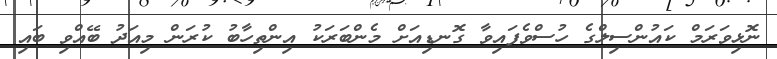
ނޮޅިވަރަމް ކައުންސިލްގެ ހުސްވެފައިވާ ގޮނޑިއަށް މެންބަރަކު އިންތިހާބު ކުރަން މިއަދު ބޭއްވި ބައި